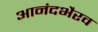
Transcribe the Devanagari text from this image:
आनंदभैरव